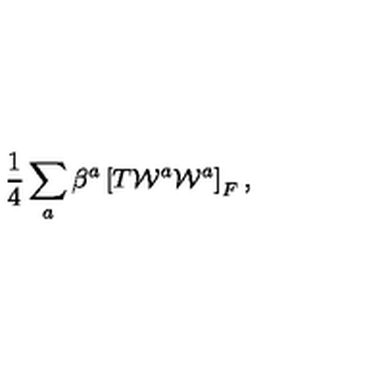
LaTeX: { \frac { 1 } { 4 } } \sum _ { a } \beta ^ { a } \left[ T { \cal W } ^ { a } { \cal W } ^ { a } \right] _ { F } ,